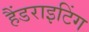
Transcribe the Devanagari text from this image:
हैंडराइटिंग